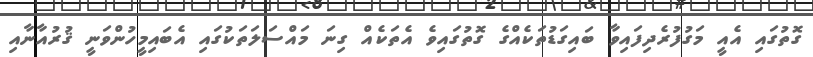
ގޮތުގައި އެއީ މަގުފުރެދިފައިވާ ބައިގަޑުތަކެއްގެ ގޮތުގައިވެ އެތަކެއް ގިނަ މައްސަލަތަކުގައި އެބައިމީހުންވަނީ ޤުރުއާނާއި